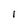
Character: 1